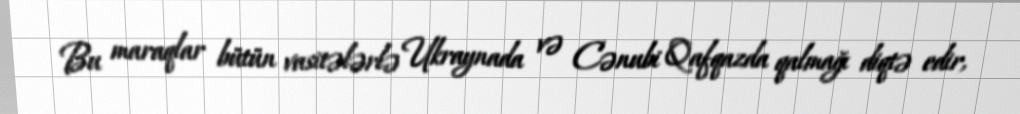
Bu maraqlar bütün vasitələrlə Ukraynada və Cənubi Qafqazda qalmağı diqtə edir,